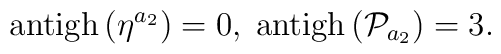
\mathrm{antigh}\left( \eta ^{a_{2}}\right) =0,\;\mathrm{antigh}\left( \mathcal{P}_{a_{2}}\right) =3.